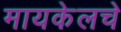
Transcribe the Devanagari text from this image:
मायकेलचे